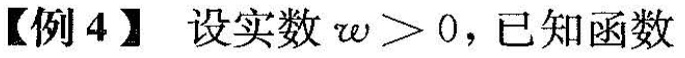
【例4】设实数 $$\omega > 0$$，已知函数